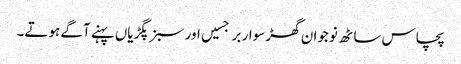
پچاس ساٹھ نوجوان گھڑ سوار برجسیں اور سبز پگڑیاں پہنے آگے ہوتے۔